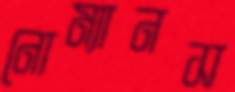
নোম্যানস